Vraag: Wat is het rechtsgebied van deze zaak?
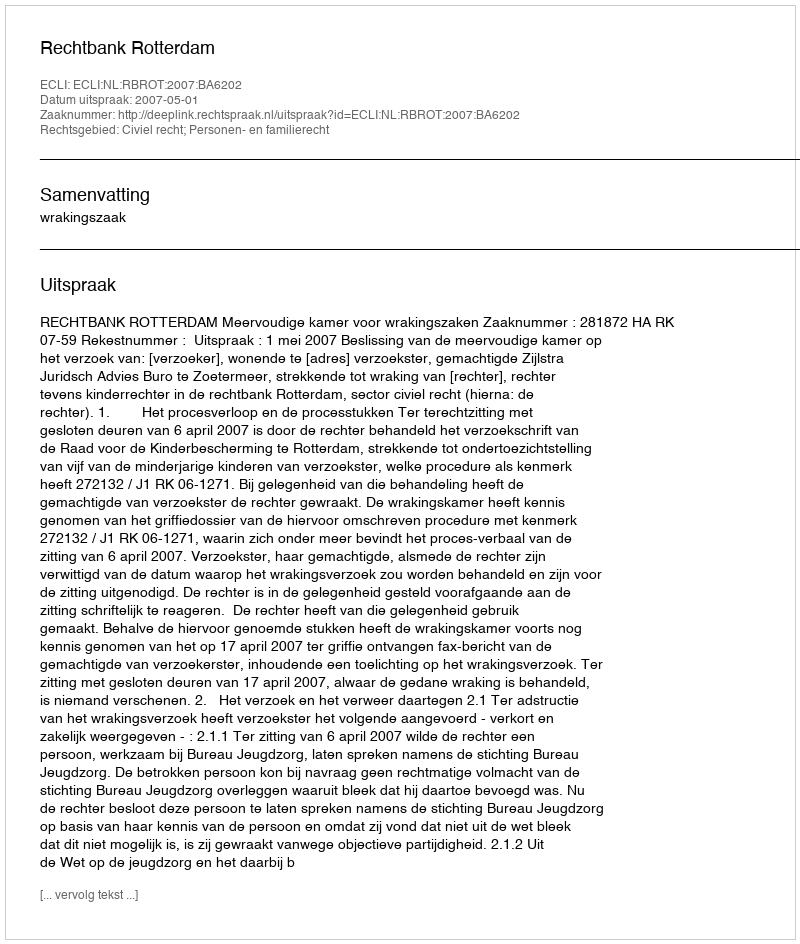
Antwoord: Civiel recht; Personen- en familierecht